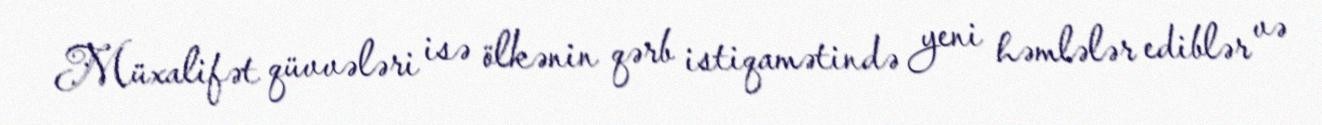
Müxalifət qüvvələri isə ölkənin qərb istiqamətində yeni həmlələr ediblər və